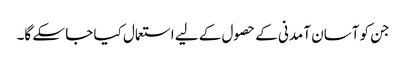
جن کو آسان آمدنی کے حصول کے لیے استعمال کیا جا سکے گا۔